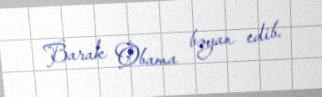
Barak Obama bəyan edib.